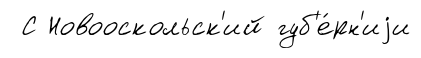
С Новооскольск'ий губ'е́рн'иjи